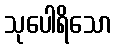
သုပေါရိသော